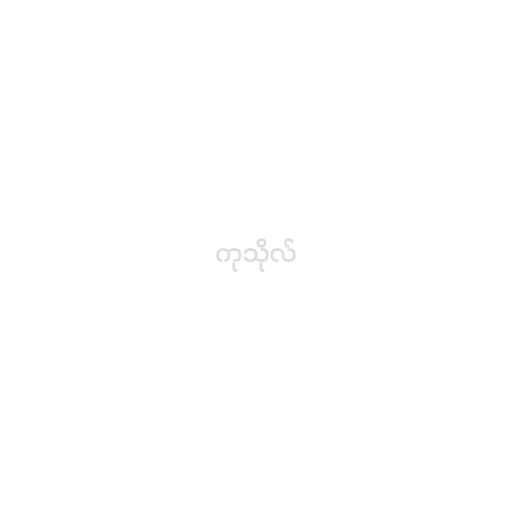
ကုသိုလ်